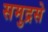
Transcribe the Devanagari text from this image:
समुद्रसे